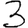
Digit: 3